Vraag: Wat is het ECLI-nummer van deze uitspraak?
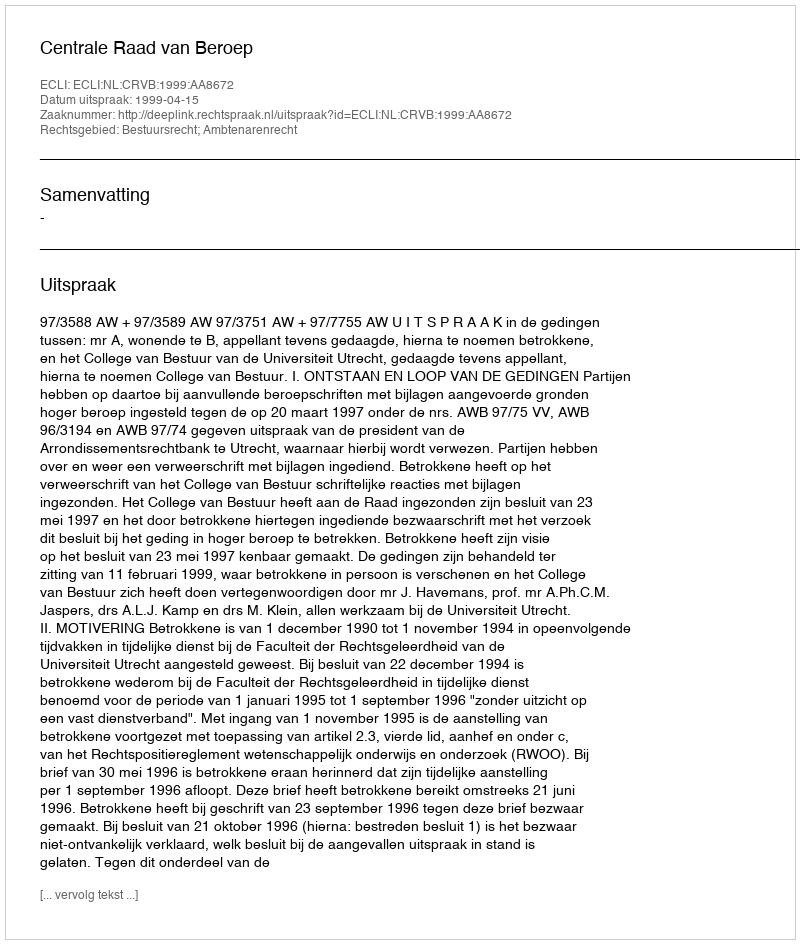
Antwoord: ECLI:NL:CRVB:1999:AA8672